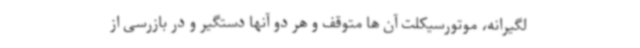
لگیرانه، موتورسیکلت آن ها متوقف و هر دو آنها دستگیر و در بازرسی از